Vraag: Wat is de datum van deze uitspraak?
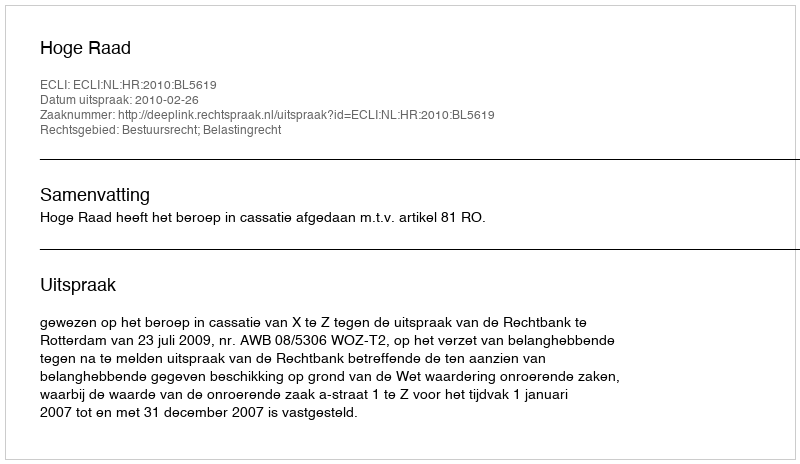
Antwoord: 2010-02-26